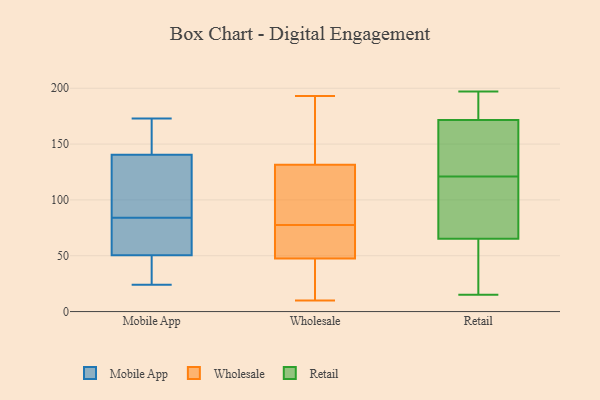
{"axis": {"x": "Humidity (%)", "y": "Value"}, "legend": ["Mobile App", "Retail", "Wholesale"], "data": [{"x": "", "y": 128, "type": "Mobile App"}, {"x": "", "y": 90, "type": "Mobile App"}, {"x": "", "y": 59, "type": "Mobile App"}, {"x": "", "y": 105, "type": "Mobile App"}, {"x": "", "y": 59, "type": "Mobile App"}, {"x": "", "y": 42, "type": "Mobile App"}, {"x": "", "y": 167, "type": "Mobile App"}, {"x": "", "y": 25, "type": "Mobile App"}, {"x": "", "y": 76, "type": "Mobile App"}, {"x": "", "y": 24, "type": "Mobile App"}, {"x": "", "y": 107, "type": "Mobile App"}, {"x": "", "y": 153, "type": "Mobile App"}, {"x": "", "y": 24, "type": "Mobile App"}, {"x": "", "y": 78, "type": "Mobile App"}, {"x": "", "y": 173, "type": "Mobile App"}, {"x": "", "y": 169, "type": "Mobile App"}, {"x": "", "y": 132, "type": "Wholesale"}, {"x": "", "y": 10, "type": "Wholesale"}, {"x": "", "y": 183, "type": "Wholesale"}, {"x": "", "y": 56, "type": "Wholesale"}, {"x": "", "y": 75, "type": "Wholesale"}, {"x": "", "y": 89, "type": "Wholesale"}, {"x": "", "y": 153, "type": "Wholesale"}, {"x": "", "y": 131, "type": "Wholesale"}, {"x": "", "y": 38, "type": "Wholesale"}, {"x": "", "y": 80, "type": "Wholesale"}, {"x": "", "y": 104, "type": "Wholesale"}, {"x": "", "y": 55, "type": "Wholesale"}, {"x": "", "y": 13, "type": "Wholesale"}, {"x": "", "y": 47, "type": "Wholesale"}, {"x": "", "y": 48, "type": "Wholesale"}, {"x": "", "y": 193, "type": "Wholesale"}, {"x": "", "y": 52, "type": "Retail"}, {"x": "", "y": 193, "type": "Retail"}, {"x": "", "y": 172, "type": "Retail"}, {"x": "", "y": 189, "type": "Retail"}, {"x": "", "y": 170, "type": "Retail"}, {"x": "", "y": 160, "type": "Retail"}, {"x": "", "y": 75, "type": "Retail"}, {"x": "", "y": 159, "type": "Retail"}, {"x": "", "y": 184, "type": "Retail"}, {"x": "", "y": 19, "type": "Retail"}, {"x": "", "y": 121, "type": "Retail"}, {"x": "", "y": 40, "type": "Retail"}, {"x": "", "y": 146, "type": "Retail"}, {"x": "", "y": 197, "type": "Retail"}, {"x": "", "y": 15, "type": "Retail"}, {"x": "", "y": 84, "type": "Retail"}, {"x": "", "y": 116, "type": "Retail"}, {"x": "", "y": 62, "type": "Retail"}, {"x": "", "y": 93, "type": "Retail"}]}